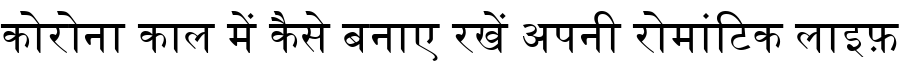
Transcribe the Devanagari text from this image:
कोरोना काल में कैसे बनाए रखें अपनी रोमांटिक लाइफ़